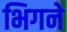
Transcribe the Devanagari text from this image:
भिगने